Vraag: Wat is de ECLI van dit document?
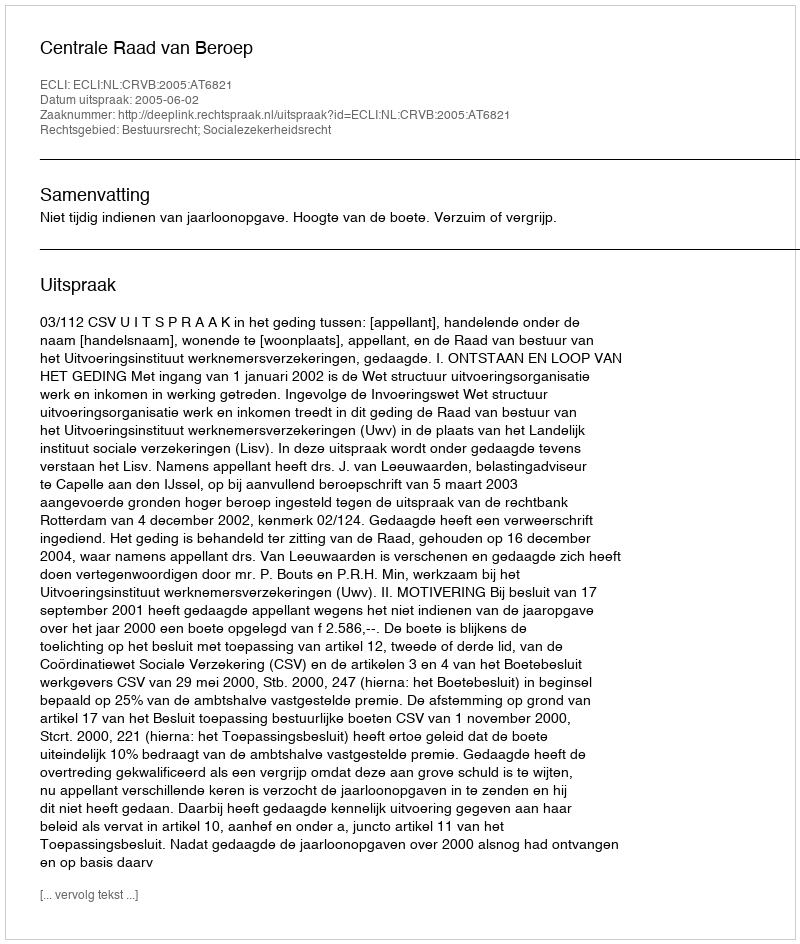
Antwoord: ECLI:NL:CRVB:2005:AT6821